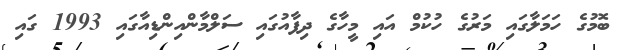
ބޮމުގެ ހަމަލާގައި މަރުގެ ހުކުމް އައި މީހާގެ ދިފާއުގައި ސަލްމާންއިންޑިއާގައި 1993 ގައި